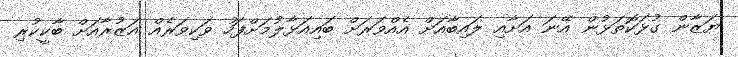
ޔަޒާން ގުޅަކޮތަޅުން އޭނަ އަށާއި ލައިބާއަށް އެއްވަރަށް ބައިއަޅާލުމަށްފަހު ވަކިވަރެއް އަޒުރާއަށް ބާކީކުރި